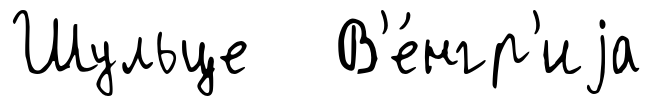
Шульце В'е́нгр'иjа